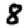
Digit: 8